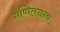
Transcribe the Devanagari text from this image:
गणितग्रन्थ